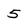
Character: 5